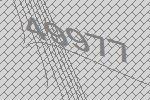
49977